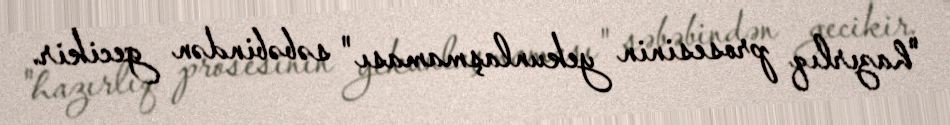
"hazırlıq prosesinin yekunlaşmaması" səbəbindən gecikir.